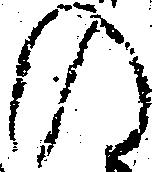
の